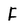
Character: F